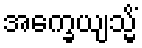
အက္ခေယျသ္မိံ